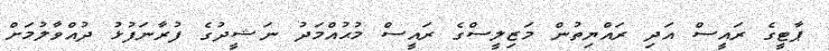
ޕާޓީގެ ރައީސް އަދި ރައްޔިތުން މަޒިލީސްގެ ރައީސް މުޙުއްމަދު ނަޝީދުގެ ފުރާނަފުޅު ދުއްވާލުމަށް